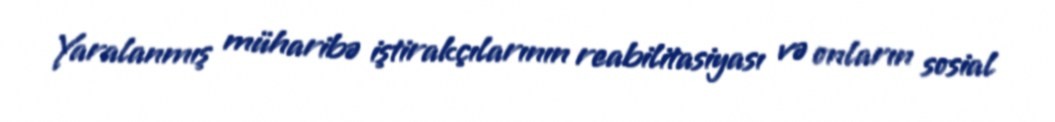
Yaralanmış müharibə iştirakçılarının reabilitasiyası və onların sosial